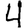
Digit: 4